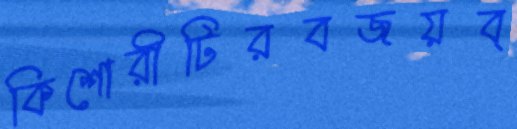
কিশোরীটিরবজয়ব্